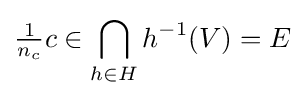
{\tfrac {1}{n_{c}}}c\in \bigcap _{h\in H}h^{-1}(V)=E